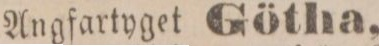
Angfartyget Götha,